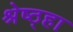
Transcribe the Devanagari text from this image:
श्रेष्ठ्हा